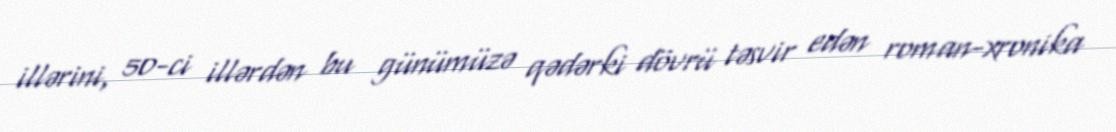
illərini, 50-ci illərdən bu günümüzə qədərki dövrü təsvir edən roman-xronika